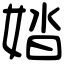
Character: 㛥